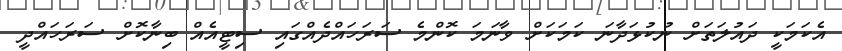
އެކަމަކީ ދައުލަތަށް ނުކުޅަދާނަ ކަމަކަށް ވާނަމަ ކޮންމެ ސަރަހައްދެއްގައި ސިޓީއެއް ބިނާކޮށް ސަރަހައްދީ